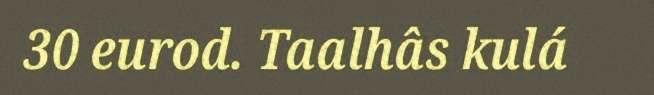
30 eurod. Taalhâs kulá